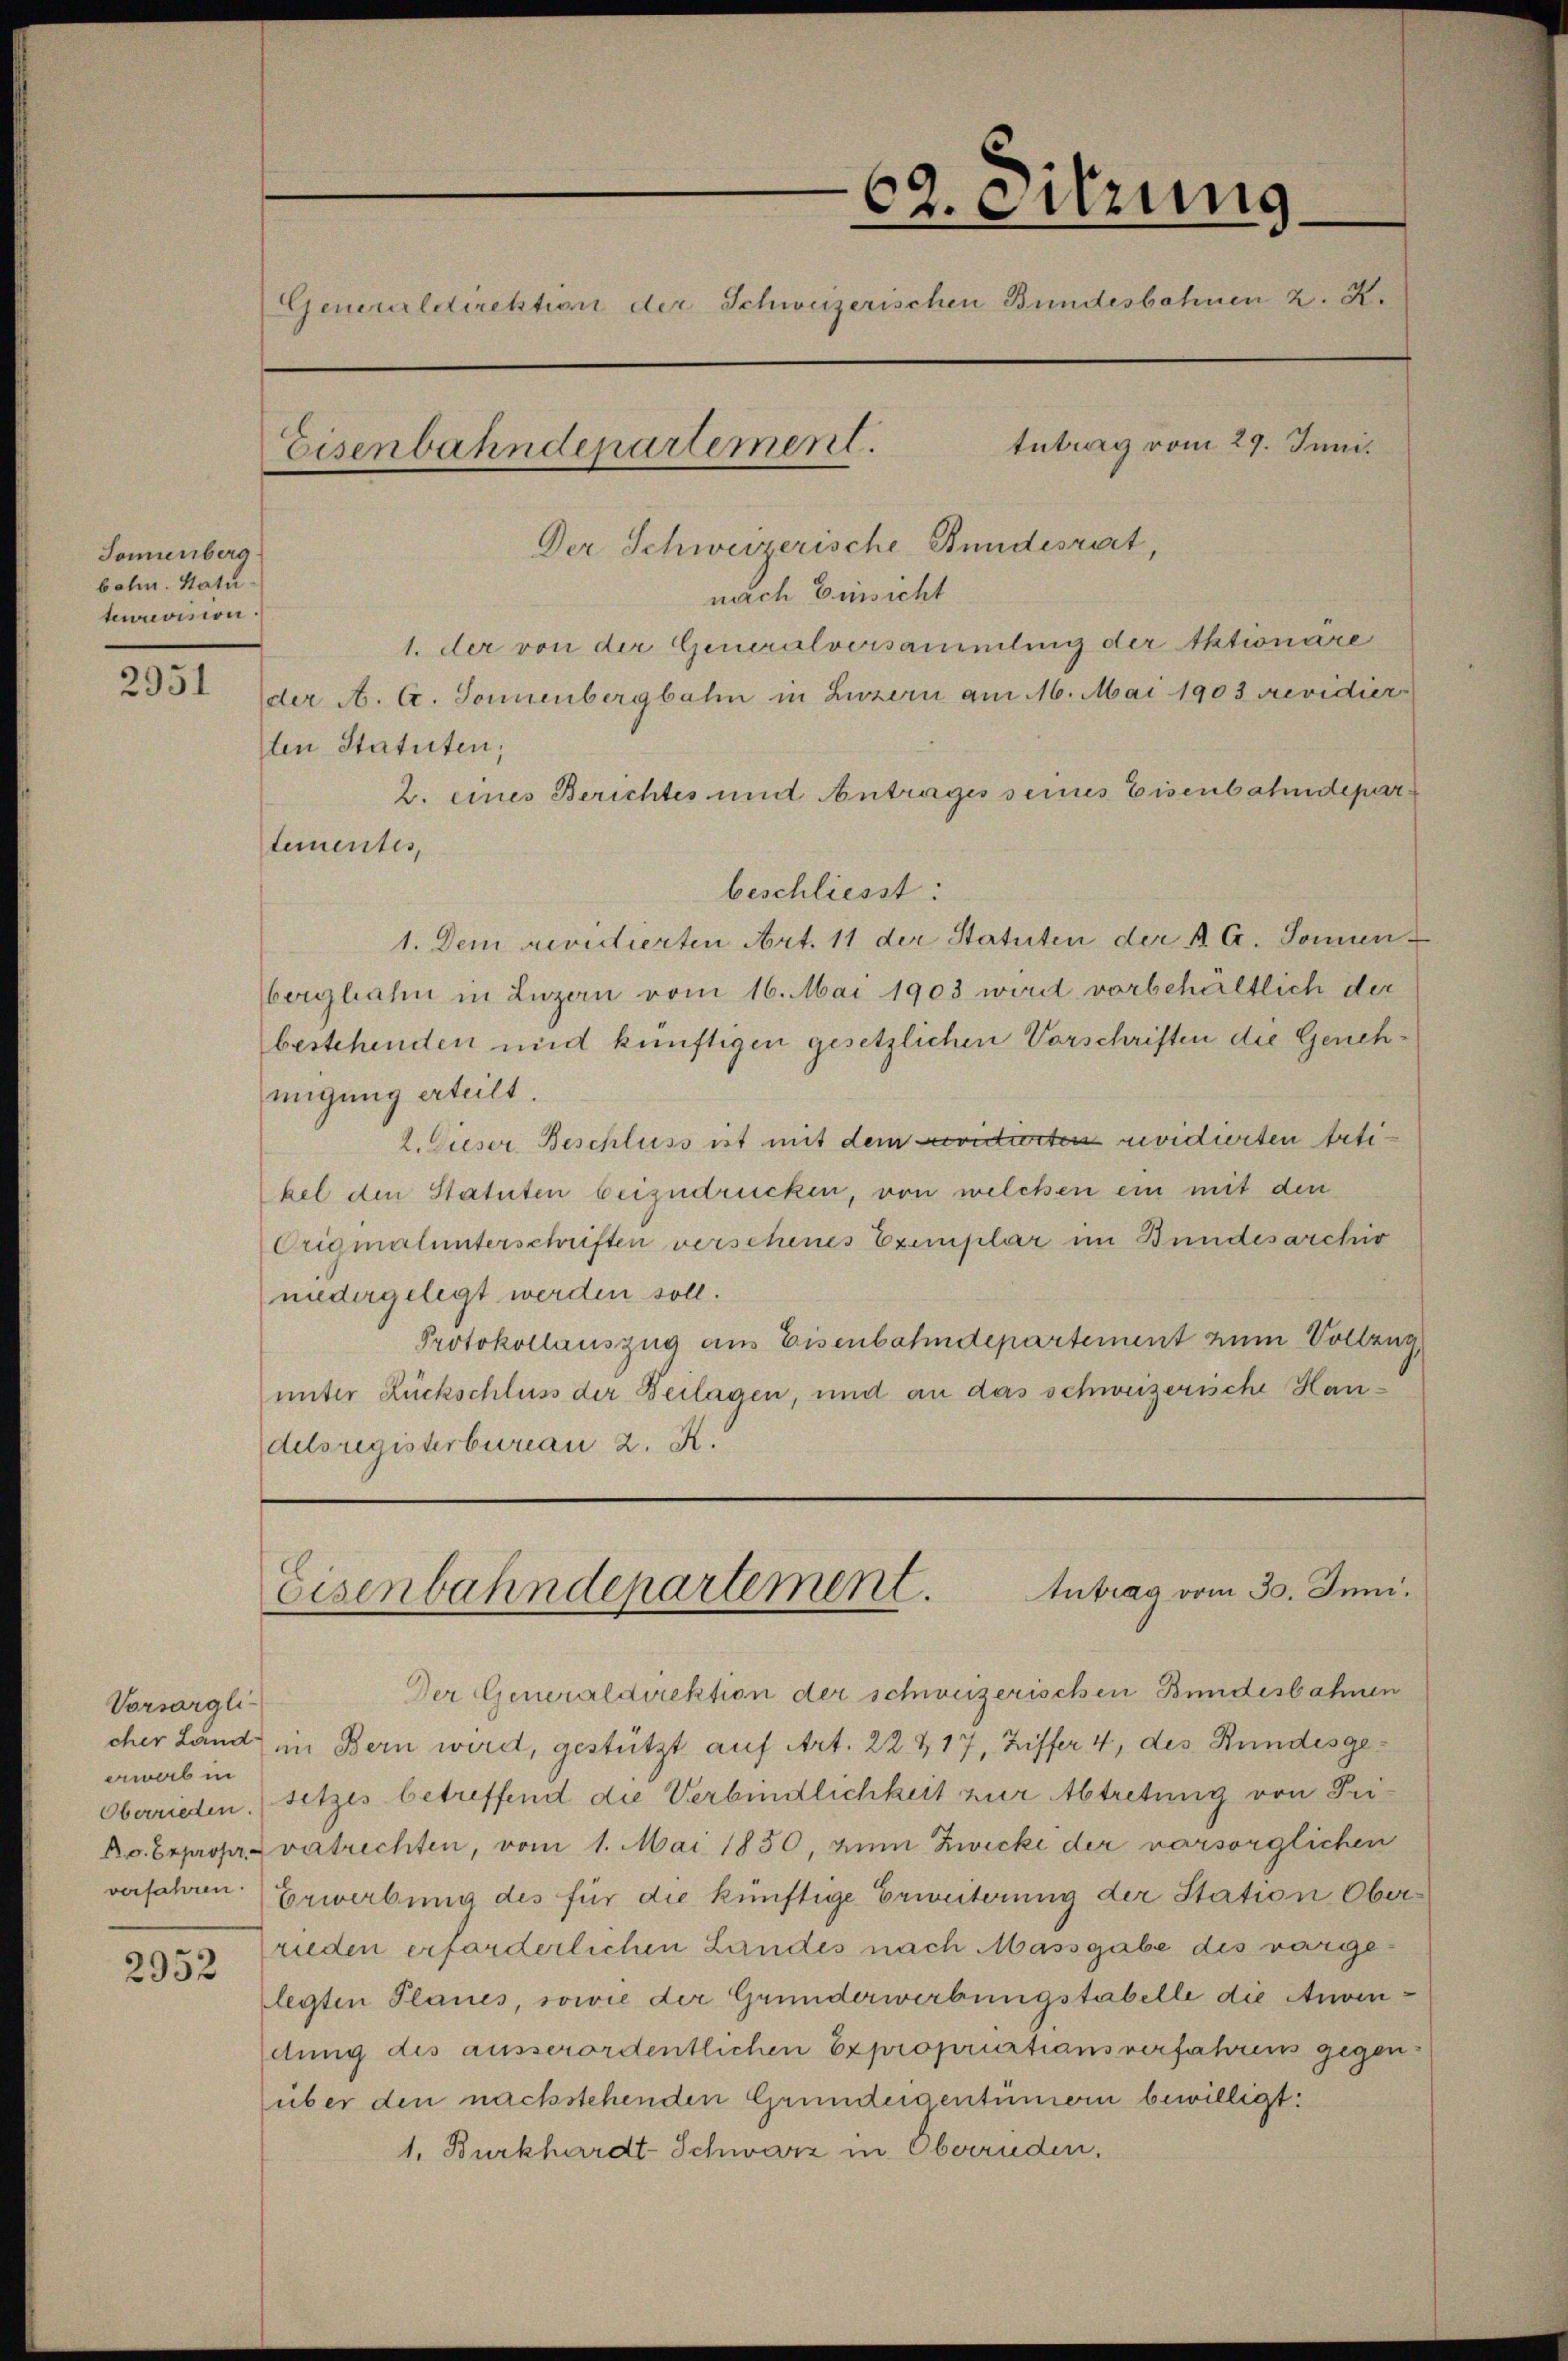
Sonnenberg
bahn. Hatu-
teurevision.

2951

Vorsorgliawab in
verfahren.

2952

62. eitzung
.
Generaldirektion der Schweizerischen Bundesbahnen z. K.
tutrag vom 29. Juni.
Eisenbahndepartement.
Der Schweizerische Bundesrat,

nach Einsicht
1. der von der Generalversammlung der Aktionäre
der A. A. Sonnenbergbahn in Luzern am 16. Mai 1903 revidier
ten Statuten,
2. eines Berichtes und Antrages seines Eisenbahndepartementes,
beschliesst:
1. Dem revidierten Art. 11 der Statuten der R. G. Sonnen
bergbahn in Luzern vom 16. Mai 1903 wird vorbehältlich der
bestehenden und künftigen gesetzlichen Vorschriften die Genehmigung erteilt.
2. Dieser Beschluss ist mit dem contierten revidierten Artikel den Statuten beizudrücken, von welchen ein mit den
Originalunterschriften verschenes Exemplar im Bundesarchiv
niedergelegt werden soll.
Protokollauszug aus Eisenbahndepartement zum Vollzug
unter Rückschluss der Beilagen, und an das schweizerische Handelsregisterbureau 2. K.

Eisenbahndepartement. Antrag vom 30. Juni.

Der Generaldirektion der schweizerischen Bundesbahnen
cher Land in Bern wird, gestützt auf Art. 22 & 17, Ziffer 4, des Bundesge¬
Oberrieden. (setzes betreffend die Verbindlichkeit zur Abtretung von Tri¬
Ro. Expropr. vertrechten, vom 1. Mai 1850, zum Zwicke der versorglichen
Erwerbung des für die künftige Erweiterung der Station Oberrieden erforderlichen Landes nach Massgabe des vorgelegten Planes, sowie der Grunderwerbungstabelle die Anvendung des ausserordentlichen Expropriations verfahrens gegenüber den nachstehenden Grundeigentümern bewilligt:
1. Burkhardt-Schwarz in Oberreden.